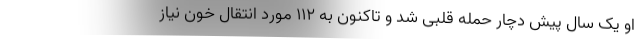
او یک سال پیش دچار حمله قلبی شد و تاکنون به ۱۱۲ مورد انتقال خون نیاز